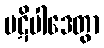
ပဋိပါဒေတွာ